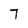
Character: 7